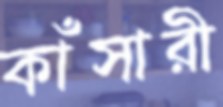
কাঁসারী